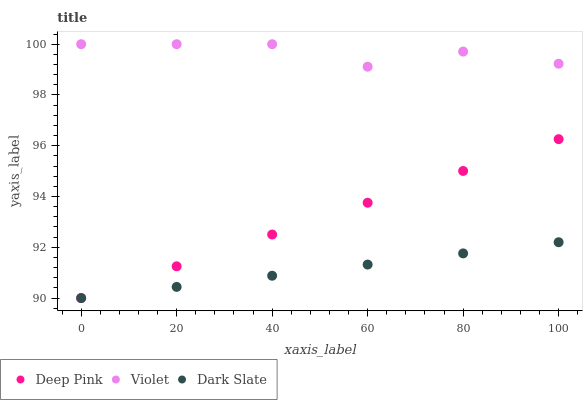
| xaxis_label | Deep Pink | Violet | Dark Slate |
 | --- | --- | --- | --- |
 | 0 | 90 | 100 | 90 |
 | 20 | 91.3 | 100 | 90.4 |
 | 40 | 92.5 | 100 | 90.9 |
 | 60 | 93.8 | 99.1 | 91.3 |
 | 80 | 95 | 99.7 | 91.8 |
 | 100 | 96.3 | 99.2 | 92.2 |